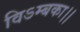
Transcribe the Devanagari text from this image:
विऽम्बका।।